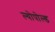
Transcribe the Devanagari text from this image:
ल्योपोल्ड